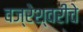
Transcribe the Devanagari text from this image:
वज्रेश्वरीचे